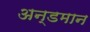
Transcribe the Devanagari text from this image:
अन्डमान